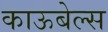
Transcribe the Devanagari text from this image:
काऊबेल्स